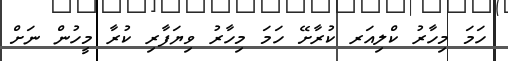
ހަމަ މިހާރު ކްލިއަރ ކުރާށޭ ހަމަ މިހާރު ވިޔަފާރި ކުރާ މީހުން ނަށް